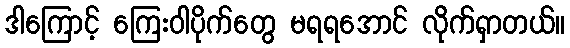
ဒါကြောင့် ကြေးဝါပိုက်တွေ မရရအောင် လိုက်ရှာတယ်။